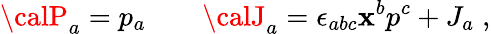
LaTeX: {\calP}_{a}=p_{a}\qquad{\calJ}_{a}=\epsilon_{abc}\mathbf{x}^{b}p^{c}+J_{a}\; ,